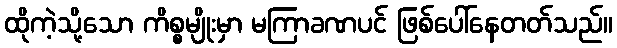
ထိုကဲ့သို့သော ကိစ္စမျိုးမှာ မကြာခဏပင် ဖြစ်ပေါ်နေတတ်သည်။